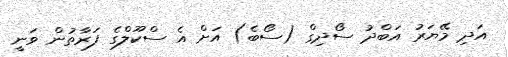
އަަދި މޭޔަރު އަބްދު ސޯދިގް (ސޯބެ) އަށް އެ ސްކޫލްގެ ފަރާތުން ވަނީ